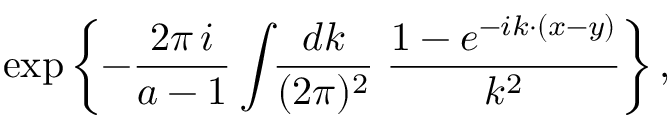
\exp \left\{ - \frac { 2 \pi \, i } { a - 1 } \int \! \! \frac { d k } { ( 2 \pi ) ^ { 2 } } \; \frac { 1 - e ^ { - i k { \cdotp } ( x - y ) } } { k ^ { 2 } } \right\} ,